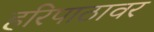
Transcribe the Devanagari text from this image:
हरिपाठावर